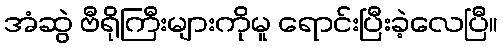
အံဆွဲ ဗီရိုကြီးများကိုမူ ရောင်းပြီးခဲ့လေပြီ။